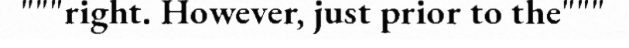
"""right. However, just prior to the"""